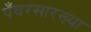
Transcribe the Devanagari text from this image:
पँथरसारख्या